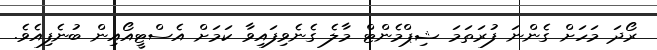
ރޯދަ މަހަށް ގެންނަ ފުރަތަމަ ޝިޕްމެންޓް މާލެ ގެނެވިފައިވާ ކަމަށް އެސްޓީއޯއިން ބުނެފިއެވެ.